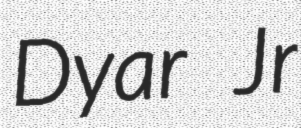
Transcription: Dyar Jr